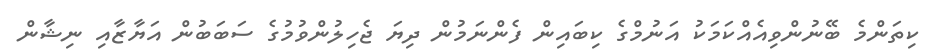
ކިތަންމެ ބޭނުންވިއެއްކަމަކު އަނުމްގެ ކިބައިން ފެންނަމުން ދިޔަ ޖެހިލުންވުމުގެ ސަބަބުން އަޔާޒާއި ނިޝާން